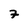
Character: 7